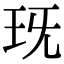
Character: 𤤍